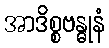
အာဒိစ္စဗန္ဓုနံ